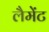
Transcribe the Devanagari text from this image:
लैमेंट